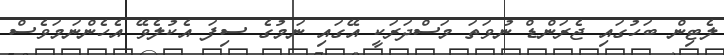
ލެޓިން ބަހުގައި ޖެރަންޑް ނުވަތަ މަސްދަރަކީ އޭގައި ނަމުގެ ސިފަ އެކުލެވޭ އެހެންނަމަވެސް